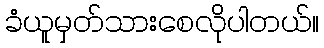
ခံယူမှတ်သားစေလိုပါတယ်။